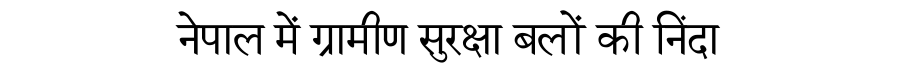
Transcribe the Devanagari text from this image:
नेपाल में ग्रामीण सुरक्षा बलों की निंदा